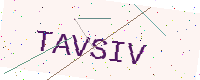
Text: TAVSIV